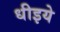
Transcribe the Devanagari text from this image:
धीइये